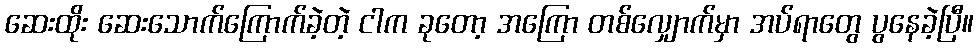
ဆေးထိုး ဆေးသောက်ကြောက်ခဲ့တဲ့ ငါက ခုတော့ အကြော တစ်လျှောက်မှာ အပ်ရာတွေ ပွနေခဲ့ပြီ။